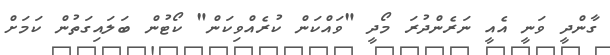
ގާންދީ ވަނީ އެއީ ނަރެންދުރަ މޯދީ "ވައްކަން ކުރެއްވިކަން" ކޯޓުން ބަލައިގަތުން ކަމަށް